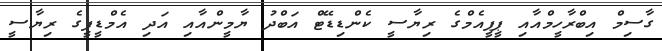
ގާސިމް އިބްރާހީމްއާއި ޕީޕީއެމްގެ ރިޔާސީ ކެންޑިޑޭޓް އަބްދު ޔާމީންއާއި އަދި އެމްޑީޕީގެ ރިޔާސީ